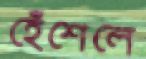
হেঁশেলে